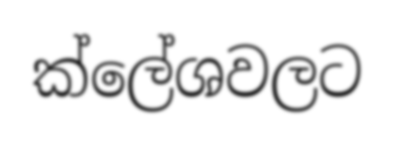
ක්ලේශවලට